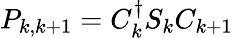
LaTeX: P_{k,k+1}=C_{k}^{\dagger}S_{k}C_{k+1}